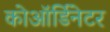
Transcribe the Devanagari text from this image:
कोऑर्डिनेटर